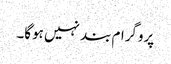
پروگرام بند نہیں ہوگا۔